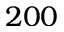
2 0 0